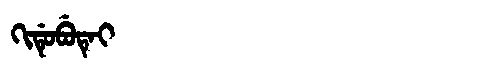
Manchu: ᡴᡳᡩᡠᠪᡠᡨᡝᡳ
Romanization: KIDUBUTEI